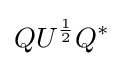
QU^{\frac {1}{2}}Q^{*}